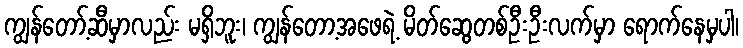
ကျွန်တော့်ဆီမှာလည်း မရှိဘူး၊ ကျွန်တော့အဖေရဲ့ မိတ်ဆွေတစ်ဦးဦးလက်မှာ ရောက်နေမှပါ၊